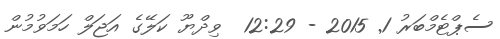
ސެޕްޓެމްބަރު 1